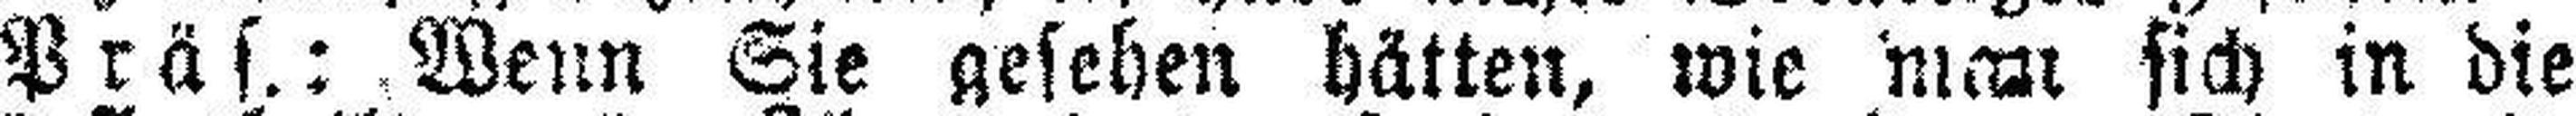
Präs.: Wenn Sie gesehen hätten, wie man sich in die